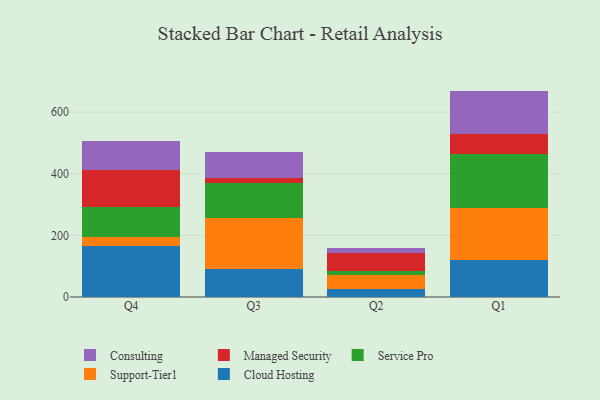
{"axis": {"x": "Quarter", "y": "Customer Acquisition Cost (USD)"}, "legend": ["Cloud Hosting", "Consulting", "Managed Security", "Service Pro", "Support-Tier1"], "data": [{"x": "Q4", "y": 164.3, "type": "Cloud Hosting"}, {"x": "Q4", "y": 29.7, "type": "Support-Tier1"}, {"x": "Q4", "y": 99.8, "type": "Service Pro"}, {"x": "Q4", "y": 119.2, "type": "Managed Security"}, {"x": "Q4", "y": 94.2, "type": "Consulting"}, {"x": "Q3", "y": 91.0, "type": "Cloud Hosting"}, {"x": "Q3", "y": 164.3, "type": "Support-Tier1"}, {"x": "Q3", "y": 113.9, "type": "Service Pro"}, {"x": "Q3", "y": 17.7, "type": "Managed Security"}, {"x": "Q3", "y": 83.4, "type": "Consulting"}, {"x": "Q2", "y": 24.8, "type": "Cloud Hosting"}, {"x": "Q2", "y": 47.9, "type": "Support-Tier1"}, {"x": "Q2", "y": 10.8, "type": "Service Pro"}, {"x": "Q2", "y": 60.4, "type": "Managed Security"}, {"x": "Q2", "y": 16.8, "type": "Consulting"}, {"x": "Q1", "y": 121.3, "type": "Cloud Hosting"}, {"x": "Q1", "y": 167.0, "type": "Support-Tier1"}, {"x": "Q1", "y": 177.4, "type": "Service Pro"}, {"x": "Q1", "y": 63.9, "type": "Managed Security"}, {"x": "Q1", "y": 139.8, "type": "Consulting"}]}